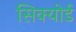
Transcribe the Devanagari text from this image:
सिक्योर्ड